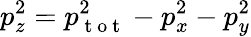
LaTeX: p_{z}^{2}=p_{\mathrm{~t~o~t~}}^{2}-p_{x}^{2}-p_{y}^{2}